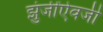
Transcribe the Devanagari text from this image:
झुंजींऐवजी